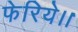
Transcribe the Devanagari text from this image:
फेरिये।।